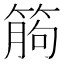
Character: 𥯷